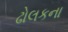
ઢોલકના